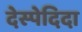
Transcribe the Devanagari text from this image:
देस्पेदिदा